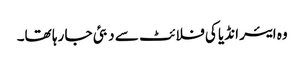
وہ ایئر انڈیا کی فلائٹ سے دبئی جا رہا تھا۔